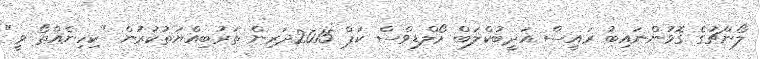
ލޯންޗުގެ ގޮވުންނައިބު ރައީސް އަދީބުކްލަބް މޯލްޑިވްސް ކަޕް 2015ދަރިން ތަރުބިއްޔަތުކުރުން "ކިހިނެއްތޯ ވީ"